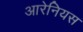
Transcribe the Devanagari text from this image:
आरेनियस